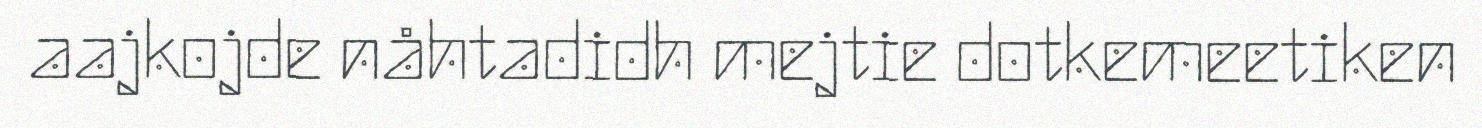
aajkojde nåhtadidh mejtie dotkemeetiken